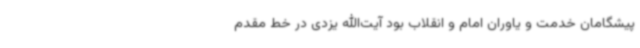
پیشگامان خدمت و یاوران امام و انقلاب بود آیت‌الله یزدی در خط مقدم